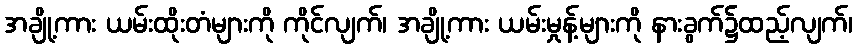
အချို့ကား ယမ်းထိုးတံများကို ကိုင်လျက်၊ အချို့ကား ယမ်းမှုန့်များကို နားခွက်၌ထည့်လျက်၊